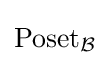
\operatorname {Poset} _{\mathcal {B}}